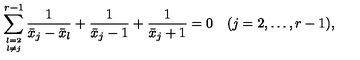
\sum _ { l = 2 \atop l \ne j } ^ { r - 1 } { \frac { 1 } { \bar { x } _ { j } - \bar { x } _ { l } } } + { \frac { 1 } { \bar { x } _ { j } - 1 } } + { \frac { 1 } { \bar { x } _ { j } + 1 } } = 0 \quad ( j = 2 , \ldots , r - 1 ) ,